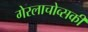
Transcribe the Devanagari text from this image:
गेरलाचोव्सकी